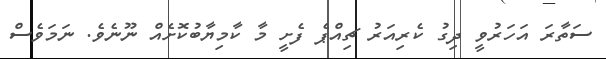
ސަތާރަ އަހަރުވީ ދިގު ކެރިއަރު ޗިއްޕެ ފެށީ މާ ކާމިޔާބުކޮށެއް ނޫނެވެ. ނަމަވެސް